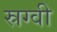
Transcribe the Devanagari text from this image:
स्रग्वी